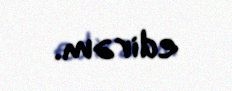
edirəm.